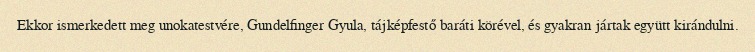
Ekkor ismerkedett meg unokatestvére, Gundelfinger Gyula, tájképfestő baráti körével, és gyakran jártak együtt kirándulni.